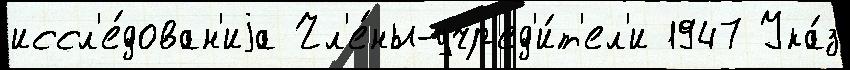
иссл'е́дован'иjа Чл'е́ны-учр'ед'и́т'ел'и 1947 Ука́з